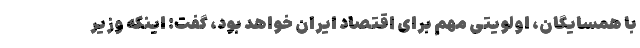
با همسایگان، اولویتی مهم برای اقتصاد ایران خواهد بود، گفت: اینکه وزیر